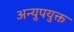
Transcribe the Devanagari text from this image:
अन्युपयुक्त